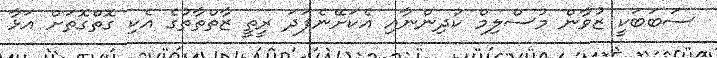
ސަބަބަކީ ޒުވާން މުސްލިމް ކުދިންނާއި އެކަށޭނެފަދަ ރީތީ ޒާތްތާތުގެ އެކި ގޮތްގޮތަށް އަޅާ